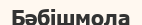
Бәбішмола